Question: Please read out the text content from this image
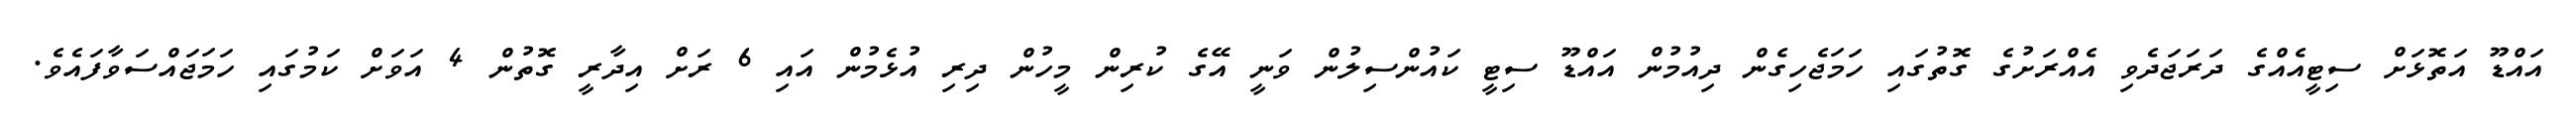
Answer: އައްޑޫ އަތޮޅަށް ސިޓީއެއްގެ ދަރަޖަދެވި އެއްރަށުގެ ގޮތުގައި ހަމަޖެހިގެން ދިއުމުން އައްޑޫ ސިޓީ ކައުންސިލުން ވަނީ އޭގެ ކުރިން މީހުން ދިރި އުޅެމުން އައި 6 ރަށް އިދާރީ ގޮތުން 4 އަވަށް ކަމުގައި ހަމަޖައްސަވާފައެވެ.